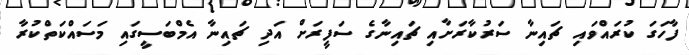
ފާހަގަ ކުރައްވައި ޗައިނާ ސަރުކާރަށާއި ޗައިނާގެ ސަފީރަށް އަދި ޗައިނާ އެމްބަސީގައި މަސައްކަތްކުރާ